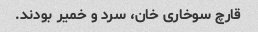
قارچ سوخاری خان، سرد و خمیر بودند.